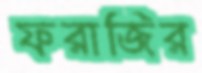
ফরাজির